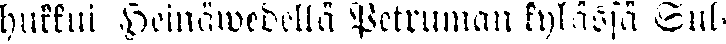
hukkui Heinäwedellä Petruman kylässä Sul-